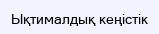
Ықтималдық кеңістік